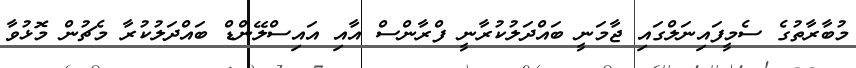
މުބާރާތުގެ ސެމީފައިނަލްގައި ޖާމަނީ ބައްދަލުކުރާނީ ފްރާންސް އާއި އައިސްލޭންޑް ބައްދަލުކުރާ މެޗުން މޮޅުވާ